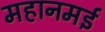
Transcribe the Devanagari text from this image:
महानमई